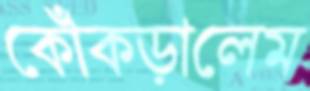
কোঁকড়ালেম